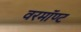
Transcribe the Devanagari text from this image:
वरमॉण्ट